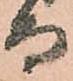
而